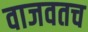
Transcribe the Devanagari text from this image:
वाजवतच